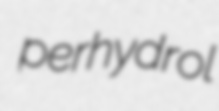
perhydrol